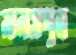
মানসপুত্র